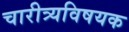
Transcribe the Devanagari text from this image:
चारीत्र्यविषयक